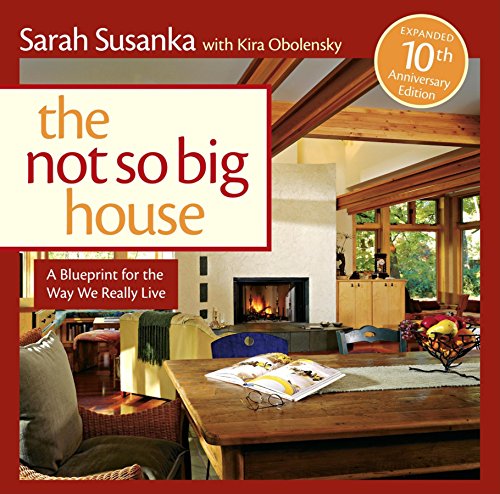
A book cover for The Not So Big House: A Blueprint for the Way We Really Live; Sarah Susanka; Crafts, Hobbies & Home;